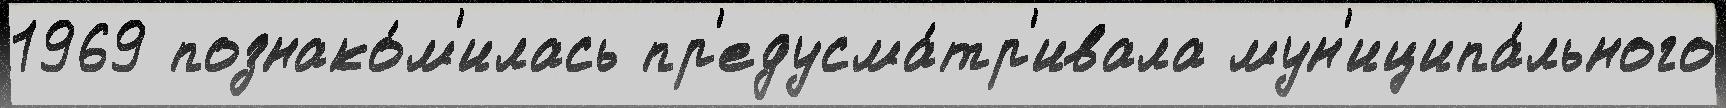
1969 познако́м'илась пр'едусма́тр'ивала мун'иципа́льного